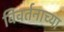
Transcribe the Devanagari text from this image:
विवर्तनाच्या